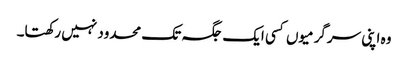
وہ اپنی سرگرمیوں کسی ایک جگہ تک محدود نہیں رکھتا۔